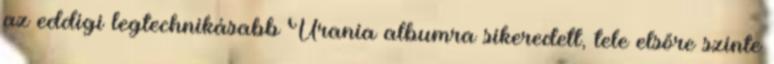
az eddigi legtechnikásabb Urania albumra sikeredett, tele elsőre szinte